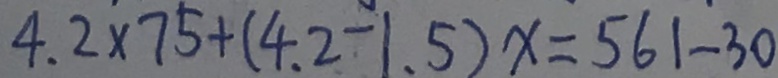
4 . 2 \times 7 5 + ( 4 . 2 - 1 . 5 ) x = 5 6 1 - 3 0